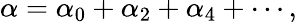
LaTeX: \alpha=\alpha_{0}+\alpha_{2}+\alpha_{4}+\cdots,